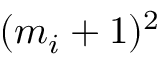
( m _ { i } + 1 ) ^ { 2 }